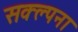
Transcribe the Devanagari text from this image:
सक्ल्पना